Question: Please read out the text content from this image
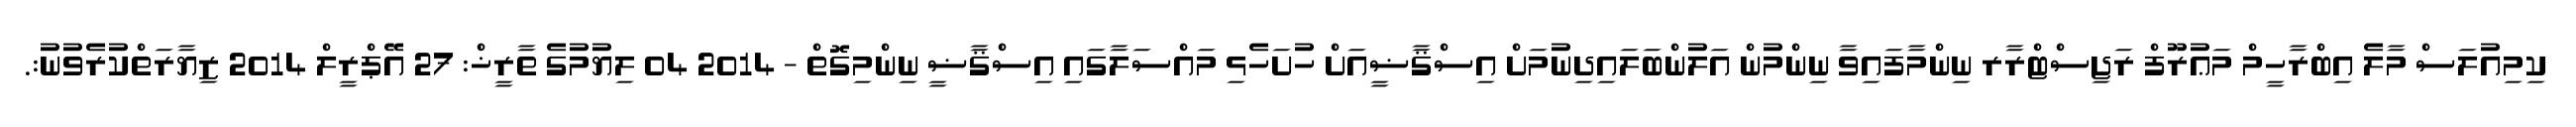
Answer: ކިމިއުލަސް މާލެ އިބްރާހީމް މަޢުރޫފް ރަޖިސްޓްރާރ ނިންމާފައިވާ ނިންމުން އަލުންބަލައިދިނުމަށް އިސްޤާޟީއަށް ހުށަހެޅި މައްސަލާގައި އިސްޤާޟީ ނިންމިގޮތް - 2014 04 ލިޔުމުގެ ތާރީޚް: 27 އޭޕްރީލް 2014 ޒިޔާރަތްކުރެވުނު:.